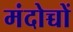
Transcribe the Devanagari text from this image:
मंदोच्चों